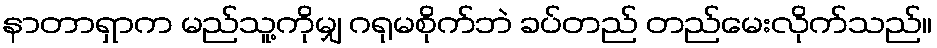
နာတာရှာက မည်သူ့ကိုမျှ ဂရုမစိုက်ဘဲ ခပ်တည် တည်မေးလိုက်သည်။